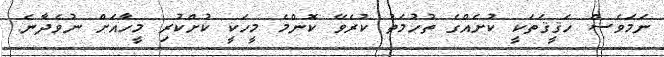
ނަމަވެސް ހަޤީޤަތަކީ ކުށެއްގެ ތުހުމަތު ކުރެވޭ ކޮންމެ މީހަކީ ކުށްކުރި މީހާއަށް ނުވެދާނެ.